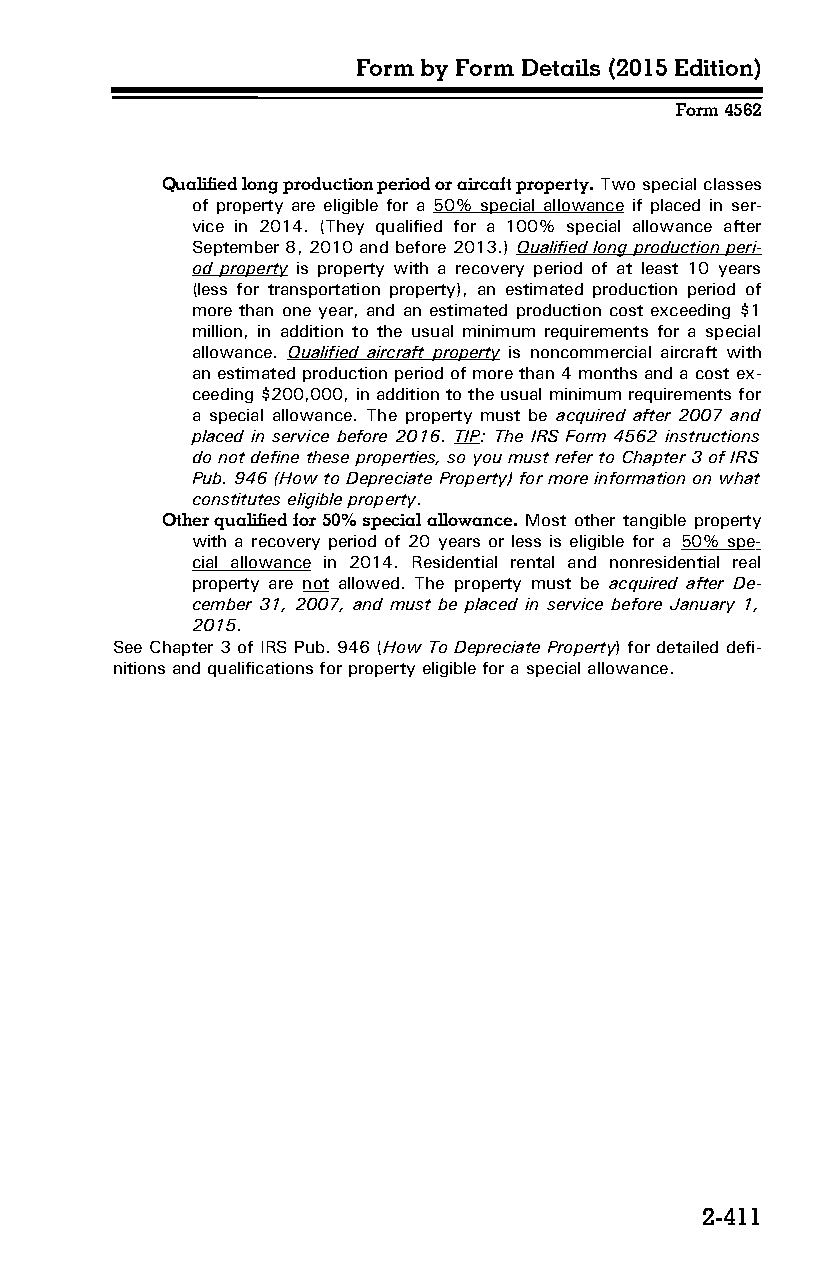
Form by Form Details (2015 Edition)
 Form 4562
 Qualified long production period or aircaft property. Two special classes
 of property are eligible for a 50% special allowance if placed in ser­
 vice in 2014. (They qualified for a 100% special allowance after
 September 8, 2010 and before 2013.) Qualified long production peri­
 od property is property with a recovery period of at least 10 years
 (less for transportation property), an estimated production period of
 more than one year, and an estimated production cost exceeding $1
 million, in addition to the usual minimum requirements for a special
 allowance. Qualified aircraft property is noncommercial aircraft with
 an estimated production period of more than 4 months and a cost ex­
 ceeding $200,000, in addition to the usual minimum requirements for
 a special allowance. The property must be acquired after 2007 and
 placed in service before 2016. TIP: The IRS Form 4562 instructions
 do not define these properties, so you must refer to Chapter 3 of IRS
 Pub. 946 (How to Depreciate Property) for more information on what
 constitutes eligible property.
 Other qualified for 50% special allowance. Most other tangible property
 with a recovery period of 20 years or less is eligible for a 50% spe­
 cial allowance in 2014. Residential rental and nonresidential real
 property are not allowed. The property must be acquired after De­
 cember 31, 2007, and must be placed in service before January 1,
 2015.
 See Chapter 3 of IRS Pub. 946 (How To Depreciate Property) for detailed defi­
 nitions and qualifications for property eligible for a special allowance.
 2-411